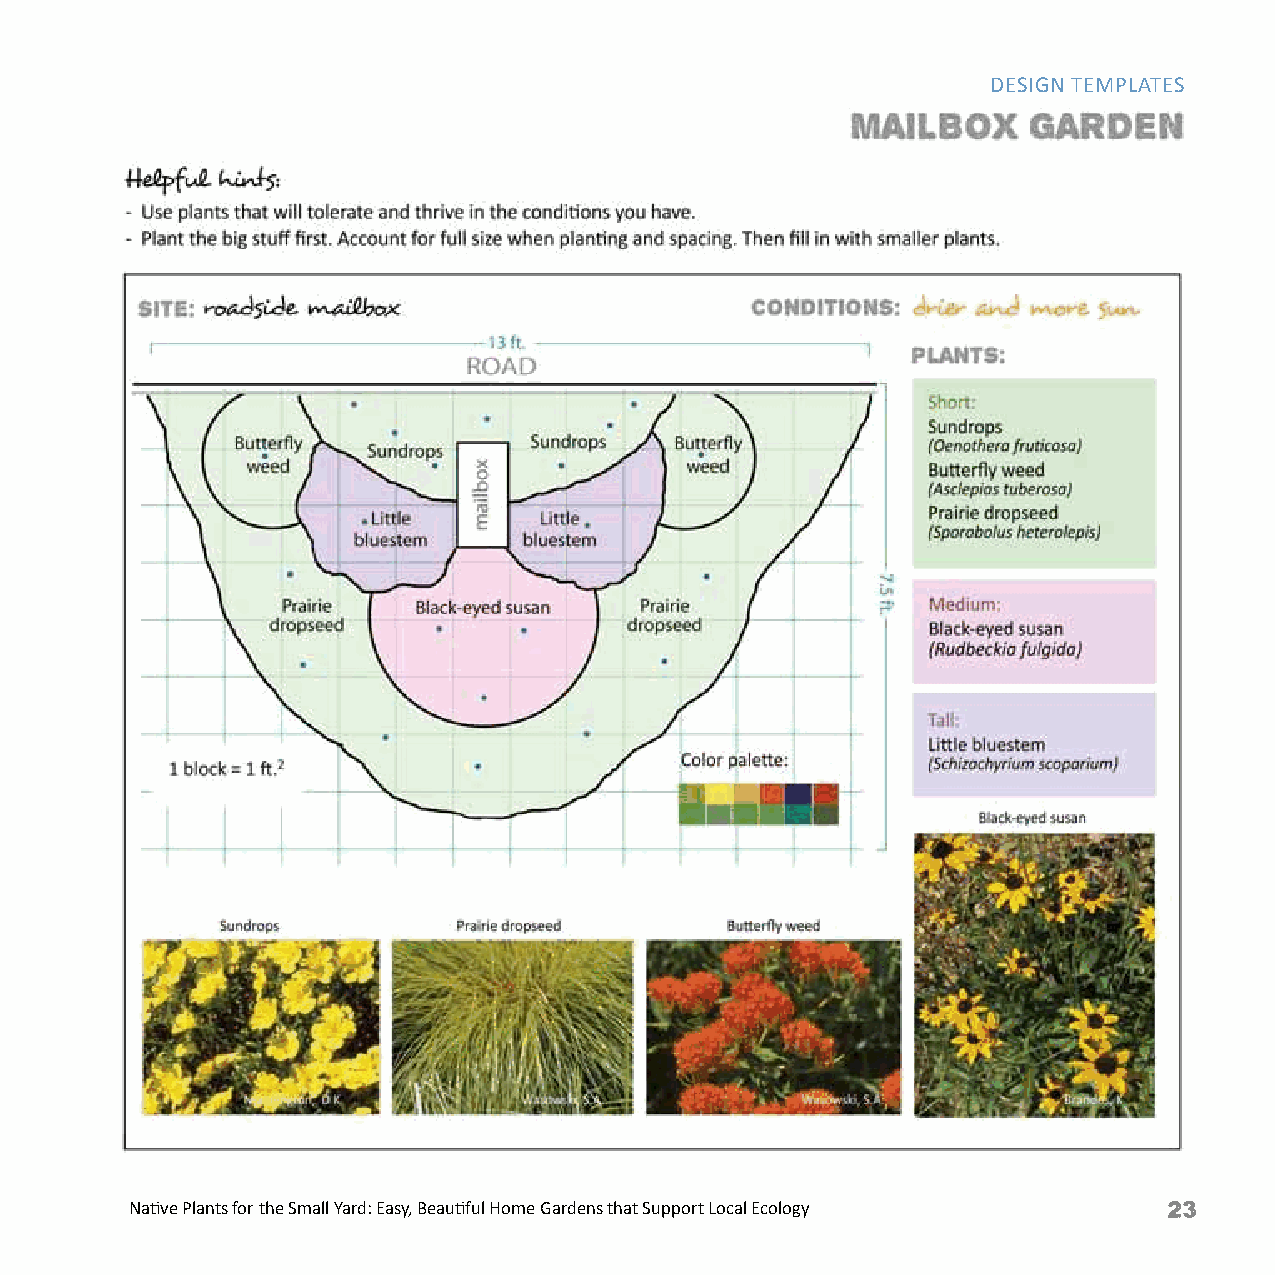
DESIGN TEMPLATES
 Native Plants for the Small Yard: Easy, Beautiful Home Gardens that Support Local Ecology Native Plants for the Small Yard: Easy, Beautiful Home Gardens that Support Local Ecology 23